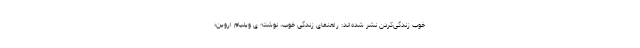
خوب ‌زندگی‌کردن نشر شده‌اند: راهنمای زندگی خوب، نوشته ی ویلیام اروین؛